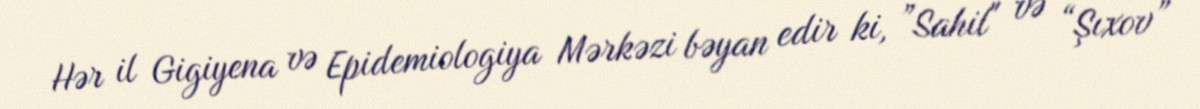
Hər il Gigiyena və Epidemiologiya Mərkəzi bəyan edir ki, ”Sahil" və “Şıxov”